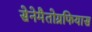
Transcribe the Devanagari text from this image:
सेनेमैतोग्रफियास